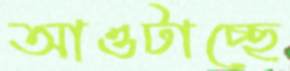
আওটাচ্ছে